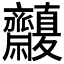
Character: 𪗒